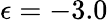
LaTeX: \epsilon=-3.0